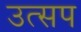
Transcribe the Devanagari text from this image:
उत्सप